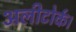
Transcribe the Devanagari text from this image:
अलीटोर्क।